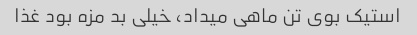
استیک بوی تن ماهی میداد، خیلی بد مزه بود غذا